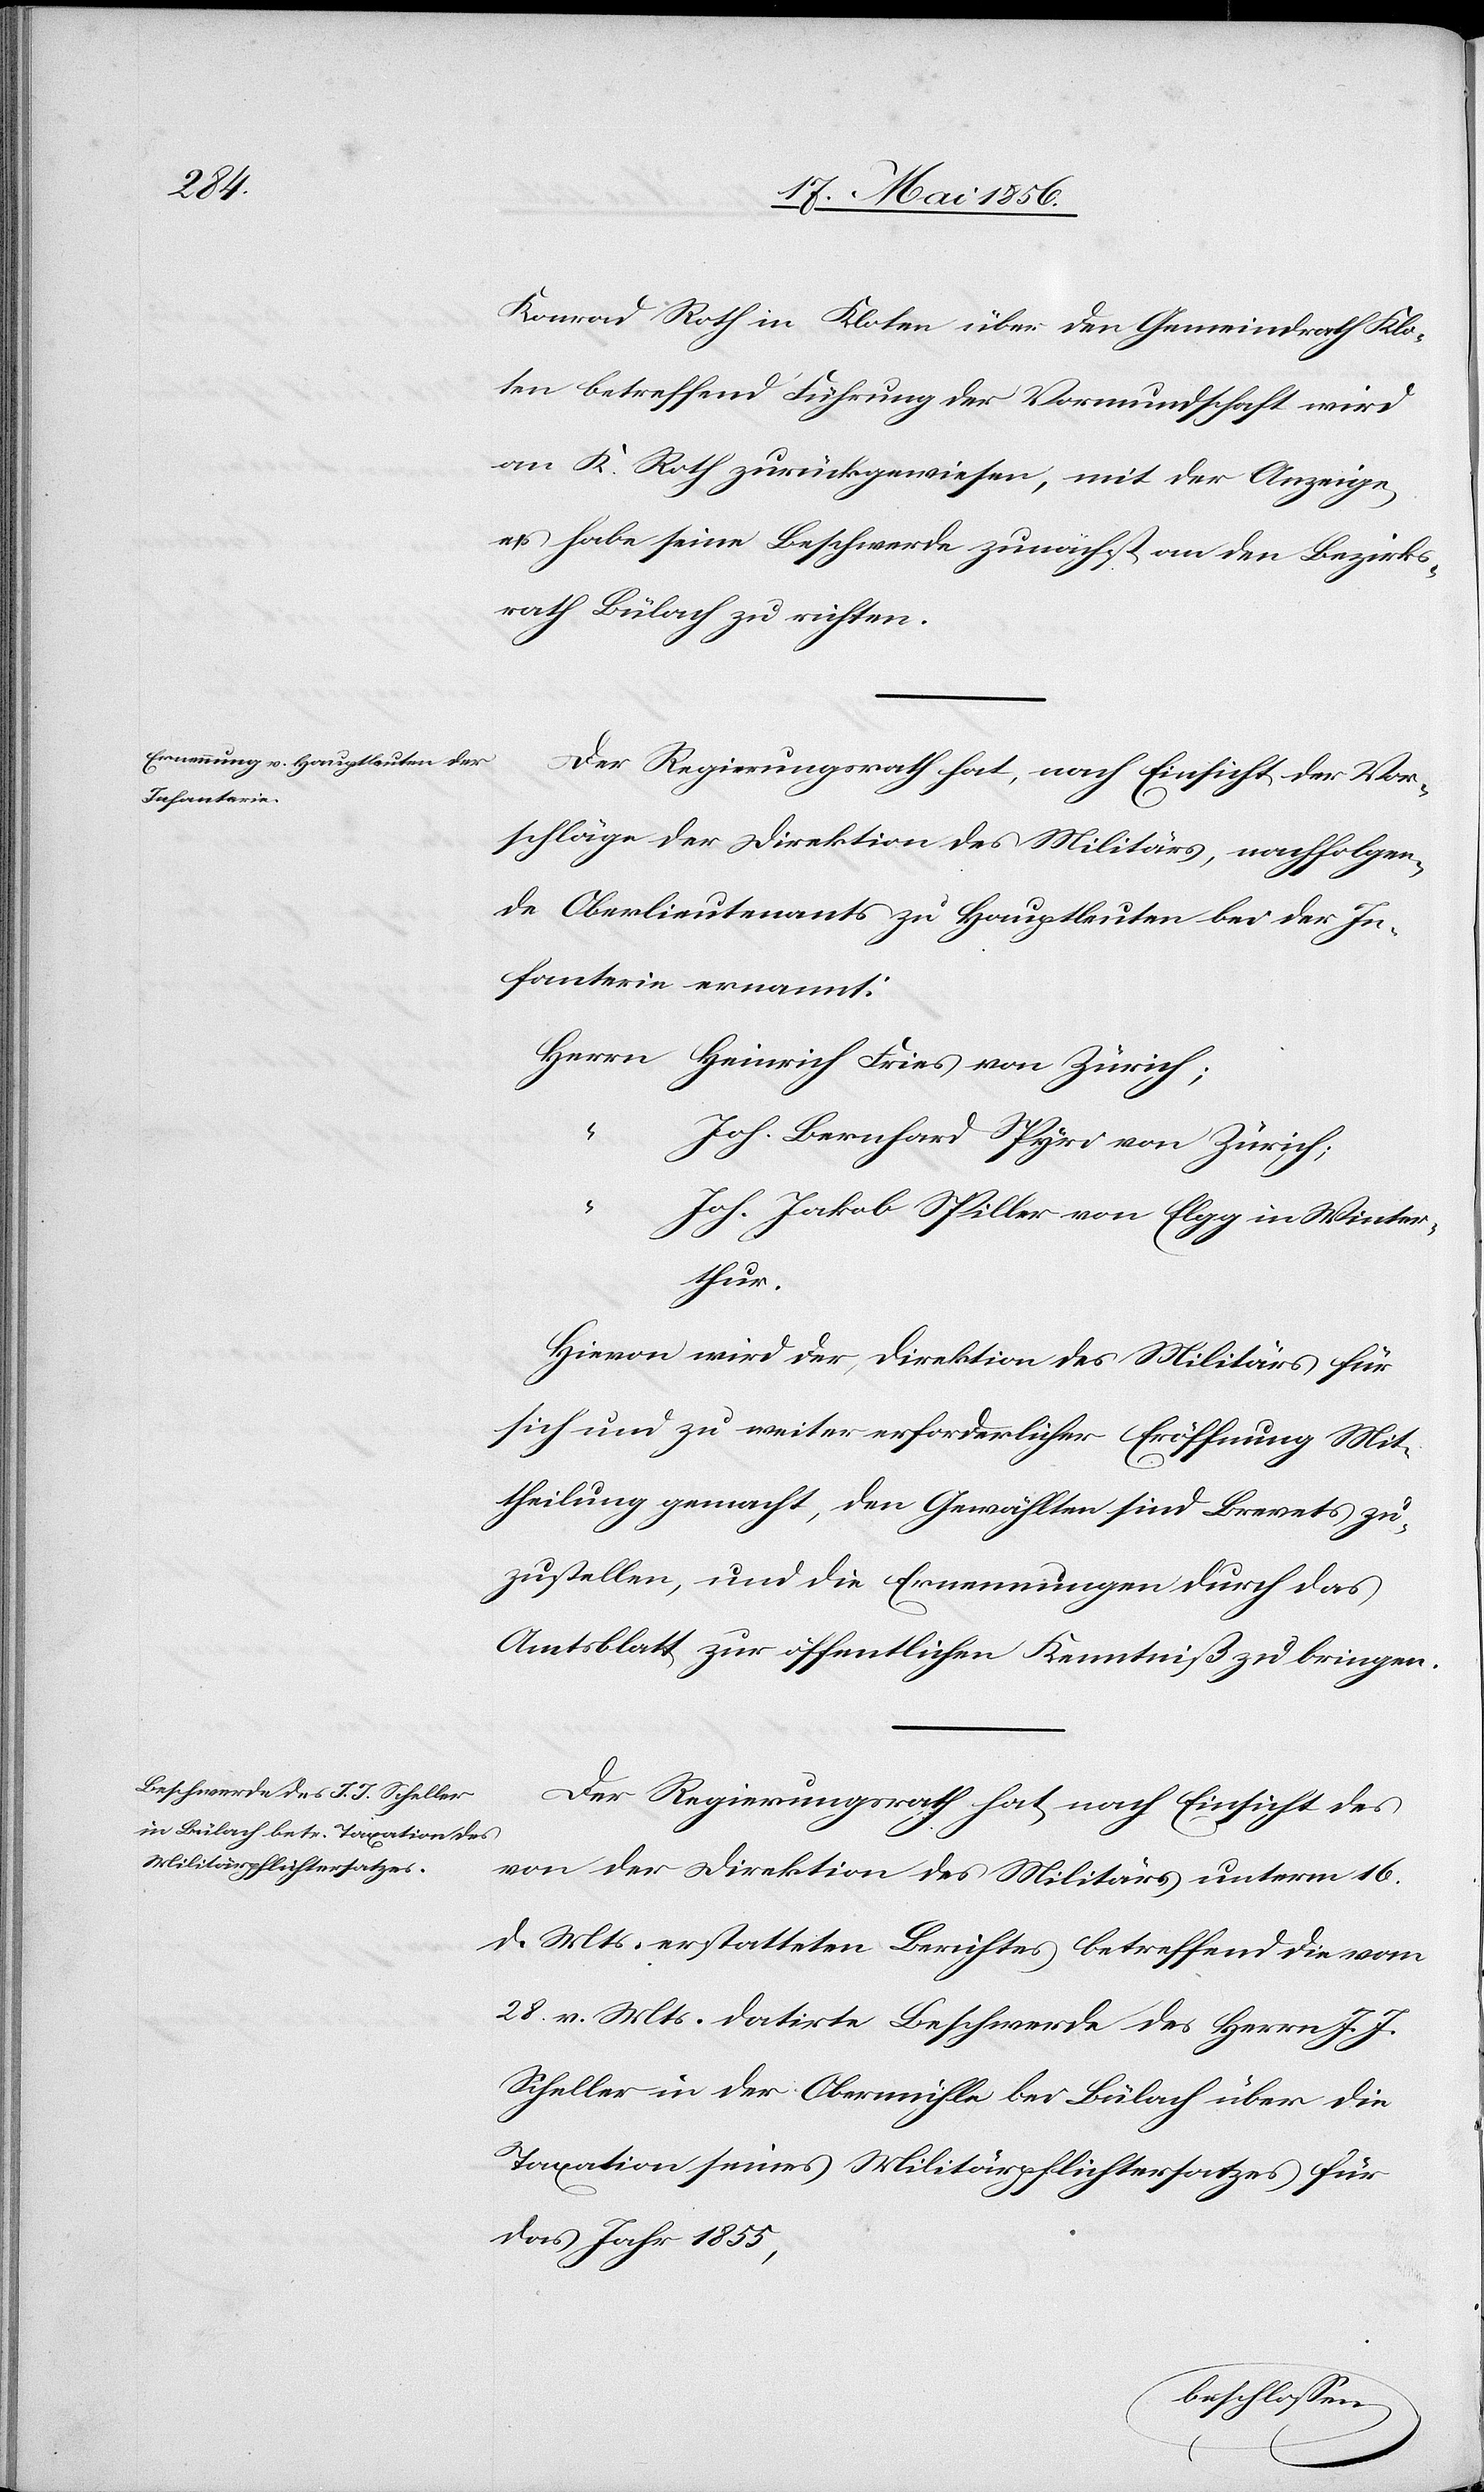
Konrad Roth in Kloten über den Gemeindrath Klo¬
ten betreffend Führung der Vormundschaft wird
an K. Roth zurückgewiesen, mit der Anzeige,
er habe seine Beschwerde zunächst an den Bezirks¬
rath Bülach zu richten.
Der Regierungsrath hat, nach Einsicht der Vor¬
schläge der Direktion des Militärs, nachfolgen¬
de Oberlieutenants zu Hauptleuten bei der In¬
fanterie ernannt:
Herrn	Heinrich Fries von Zürich;
“		Joh. Bernhard Spyri von Zürich;
h. Jakob Spiller von Elgg in Winter¬
thur.
Hievon wird der Direktion des Militärs für
sich und zu weiter erforderlicher Eröffnung Mit¬
theilung gemacht, den Gewählten sind Brevets zu¬
zustellen, und die Ernennungen durch das
Amtsblatt zur öffentlichen Kenntniß zu bringen.
Der Regierungsrath hat nach Einsicht des
von der Direktion des Militärs unterm 16.
d. Mts. erstatteten Berichtes betreffend die vom
28. v. Mts. datirte Beschwerde des Herrn J. J.
Scheller in der Obermühle bei Bülach über die
Taxation seines Militärpflichtersatzes für
das Jahr 1855,
“		Jo¬